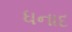
ધનાદ